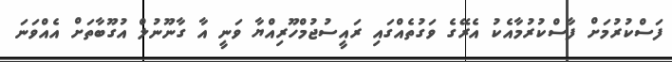
ފަސްކުރުމަށް ފާސްކުރުމާއެކު އެރޭގެ ވަގުތެއްގައި ރައީސުޖުމްހޫރިއްޔާ ވަނީ އާ ގާނޫނުލް އުގޫބާތަށް އެއްވަނަ